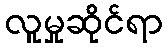
လူမှုဆိုင်ရာ